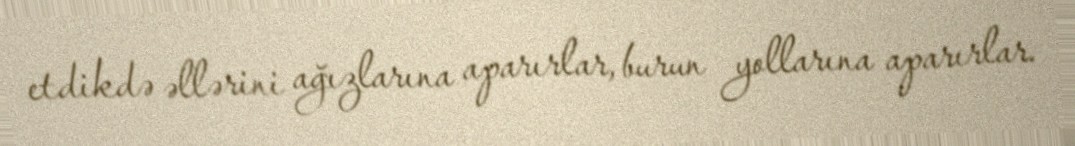
etdikdə əllərini ağızlarına aparırlar, burun yollarına aparırlar.